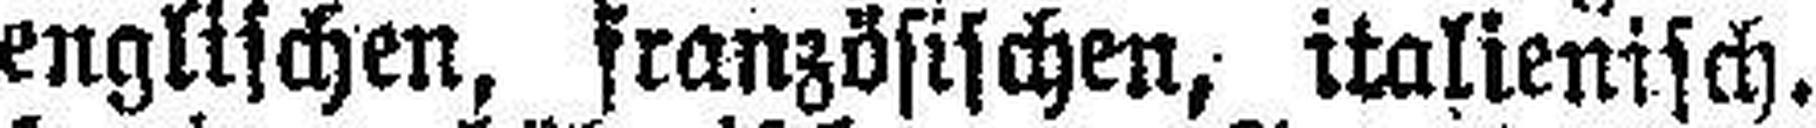
englischen, französischen, italienisch,